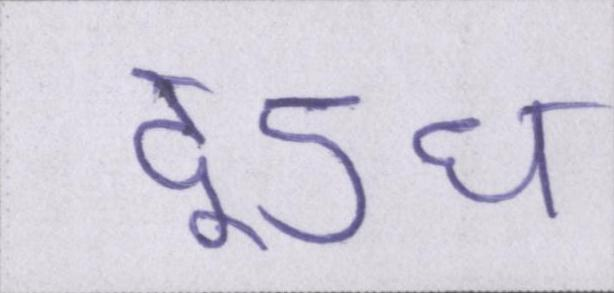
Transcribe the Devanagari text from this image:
दूऽध